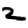
Digit: 2